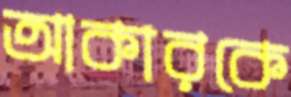
আকারকে